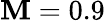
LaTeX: \mathbf{M}=0.9